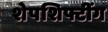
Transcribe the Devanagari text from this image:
शेपशिफ्टींग